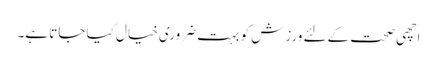
اچھی صحت کےلئے ورزش کو بہت ضروری خیال کیا جاتا ہے۔